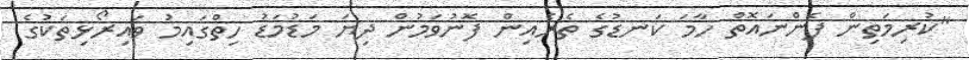
"ކުރިމަތިން ފެންނައޮތް ހާމަ ކަނޑުގެ ތެރެއިން ފޮނުވަމުން ދިޔަ މަޑުމަޑު ހިތްގައިމު ވައިރޯޅިތަކުގެ